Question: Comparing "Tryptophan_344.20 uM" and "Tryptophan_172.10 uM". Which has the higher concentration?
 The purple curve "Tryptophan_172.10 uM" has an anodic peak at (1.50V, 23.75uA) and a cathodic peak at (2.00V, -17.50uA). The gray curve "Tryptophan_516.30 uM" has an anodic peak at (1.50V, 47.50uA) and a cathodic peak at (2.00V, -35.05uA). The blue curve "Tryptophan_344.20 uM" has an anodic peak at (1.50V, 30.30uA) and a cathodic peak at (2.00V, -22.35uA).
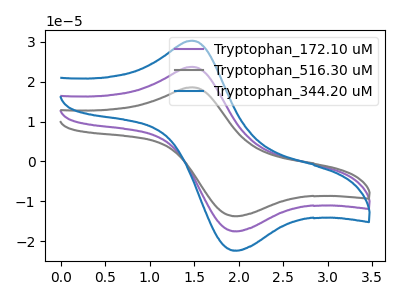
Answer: <think>All the peaks in "Tryptophan_344.20 uM" have a peak in "Tryptophan_172.10 uM" at the same potential. Every peak in "Tryptophan_344.20 uM" is higher than every peak in "Tryptophan_172.10 uM".
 </think>
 <answer>"Tryptophan_344.20 uM" has more signal than "Tryptophan_172.10 uM" and so likely has a higher concentration.</answer>
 <eval>more_concentration</eval>